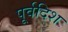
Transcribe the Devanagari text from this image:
पूर्वदिश